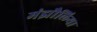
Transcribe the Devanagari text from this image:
मंझौलिया